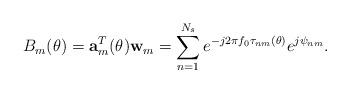
LaTeX: \begin{align*} B_m(\theta)= \textbf{a}_m^T(\theta)\textbf{w}_m=\sum_{n=1}^{N_s} e^{-j2\pi f_0\tau_{nm}(\theta)}e^{j\psi_{nm}}.\end{align*}